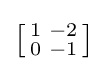
\left[{\begin{smallmatrix}1&-2\\0&-1\\\end{smallmatrix}}\right]